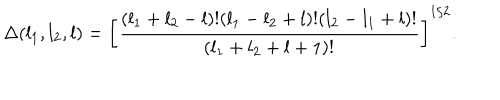
\Delta ( l _ { 1 } , l _ { 2 } , l ) = \left[ { \frac { ( l _ { 1 } + l _ { 2 } - l ) ! ( l _ { 1 } - l _ { 2 } + l ) ! ( l _ { 2 } - l _ { 1 } + l ) ! } { ( l _ { 1 } + l _ { 2 } + l + 1 ) ! } } \right] ^ { 1 / 2 } .